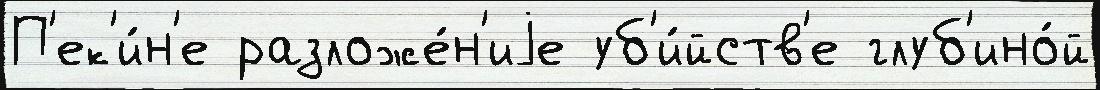
П'ек'и́н'е разложе́н'иjе уб'и́йств'е глуб'ино́й